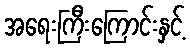
အရေးကြီးကြောင်းနှင့်